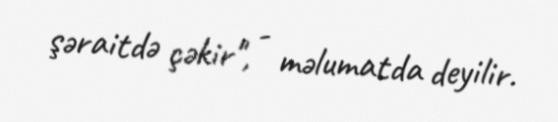
şəraitdə çəkir", - məlumatda deyilir.